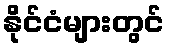
နိုင်ငံများတွင်